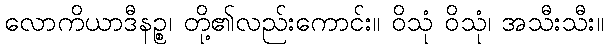
လောကိယာဒီနဉ္စ၊ တို့၏လည်းကောင်း။ ဝိသုံ ဝိသုံ၊ အသီးသီး။